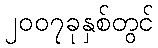
၂၀၀၇ခုနှစ်တွင်